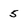
Character: 5